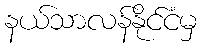
နယ်သာလန်နိုင်ငံမှ